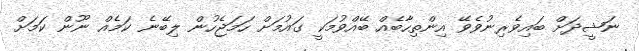
ނަޝީދަށް ބައިވެރިނުވެވޭ އިންތިހާބެއް ބޭއްވުމަކީ ގައުމަށް ހަމަޖެހުން ލިބޭނެ ކަމެއް ނޫން ކަމަށް